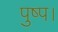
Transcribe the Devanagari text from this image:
पुष्प।